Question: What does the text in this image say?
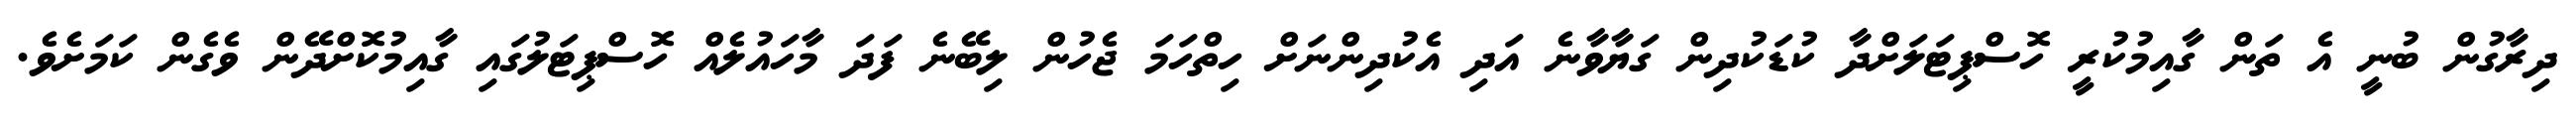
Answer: ދިރާގުން ބުނީ އެ ތަން ގާއިމުކުރީ ހޮސްޕިޓަލަށްދާ ކުޑަކުދިން ގަޔާވާނެ އަދި އެކުދިންނަށް ހިތްހަމަ ޖެހުން ލިބޭނެ ފަދަ މާހައުލެއް ހޮސްޕިޓަލުގައި ގާއިމުކޮށްދޭން ވެގެން ކަމަށެވެ.